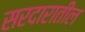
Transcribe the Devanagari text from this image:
सरदारातील